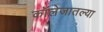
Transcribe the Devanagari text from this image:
कॉलेजातल्या